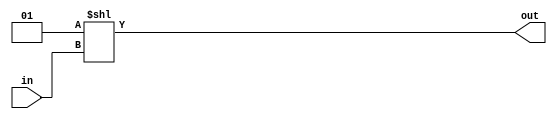
module dec2to4 (out, in) ;
	input[1:0] in ;
	output[3:0] out ;
	reg[3:0] out ;
	
	always @(in)
	begin
		/*
		case(in)
			0 :	out = 4'b0001 ;
			1 : out = 4'b0010 ; 
			2 : out = 4'b0100 ;
			3 : out = 4'b1000 ;
		endcase*/
		
		//i = in ;
		out = 2**in ;
	end
	
endmodule